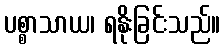
ပစ္စာသာယ၊ ရနိုးခြင်းသည်။